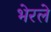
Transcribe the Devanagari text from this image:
भेरले